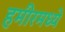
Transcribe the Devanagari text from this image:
हमीरमध्ये